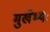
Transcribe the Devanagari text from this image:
मुखेभ्यः